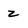
Character: 2